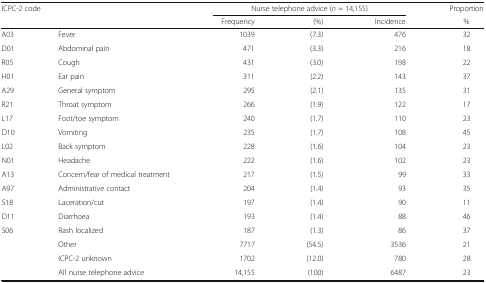
| <COLSPAN=2> ICPC-2 code | <COLSPAN=3> Nurse telephone advice (n = 14,155) | Proportion |
 |  |  | Frequency | (%) | Incidence | % |
 | --- | --- | --- | --- | --- | --- |
 | A03 | Fever | 1039 | (7.3) | 476 | 32 |
 | D01 | Abdominal pain | 471 | (3.3) | 216 | 18 |
 | R05 | Cough | 431 | (3.0) | 198 | 22 |
 | H01 | Ear pain | 311 | (2.2) | 143 | 37 |
 | A29 | General symptom | 295 | (2.1) | 135 | 31 |
 | R21 | Throat symptom | 266 | (1.9) | 122 | 17 |
 | L17 | Foot/toe symptom | 240 | (1.7) | 110 | 23 |
 | D10 | Vomiting | 235 | (1.7) | 108 | 45 |
 | L02 | Back symptom | 228 | (1.6) | 104 | 23 |
 | N01 | Headache | 222 | (1.6) | 102 | 23 |
 | A13 | Concern/fear of medical treatment | 217 | (1.5) | 99 | 33 |
 | A97 | Administrative contact | 204 | (1.4) | 93 | 35 |
 | S18 | Laceration/cut | 197 | (1.4) | 90 | 11 |
 | D11 | Diarrhoea | 193 | (1.4) | 88 | 46 |
 | S06 | Rash localized | 187 | (1.3) | 86 | 37 |
 |  | Other | 7717 | (54.5) | 3536 | 21 |
 |  | ICPC-2 unknown | 1702 | (12.0) | 780 | 28 |
 |  | All nurse telephone advice | 14,155 | (100) | 6487 | 23 |